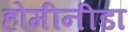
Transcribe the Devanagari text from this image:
होमीनीडा